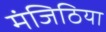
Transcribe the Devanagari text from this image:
मंजिठिया